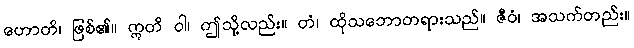
ဟောတိ၊ ဖြစ်၏။ ဣတိ ဝါ၊ ဤသို့လည်း။ တံ၊ ထိုသဘောတရားသည်။ ဇီဝံ၊ အသက်တည်း။